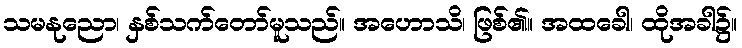
သမနုညော၊ နှစ်သက်တော်မူသည်။ အဟောသိ၊ ဖြစ်၏။ အထခေါ၊ ထိုအခါ၌။